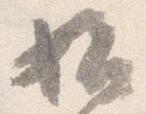
始